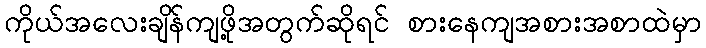
ကိုယ်အလေးချိန်ကျဖို့အတွက်ဆိုရင် စားနေကျအစားအစာထဲမှာ